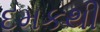
દમકથી